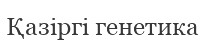
Қaзiргi генетика